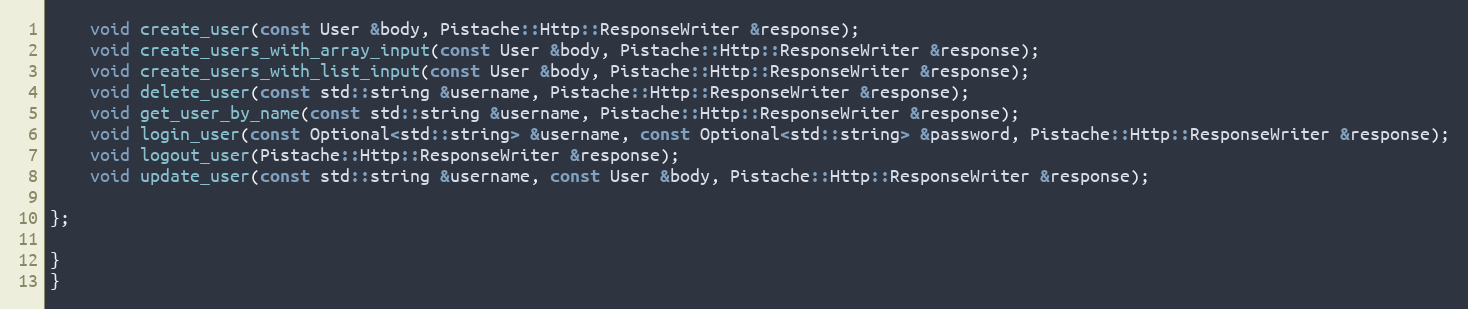
Language: C
    void create_user(const User &body, Pistache::Http::ResponseWriter &response);
    void create_users_with_array_input(const User &body, Pistache::Http::ResponseWriter &response);
    void create_users_with_list_input(const User &body, Pistache::Http::ResponseWriter &response);
    void delete_user(const std::string &username, Pistache::Http::ResponseWriter &response);
    void get_user_by_name(const std::string &username, Pistache::Http::ResponseWriter &response);
    void login_user(const Optional<std::string> &username, const Optional<std::string> &password, Pistache::Http::ResponseWriter &response);
    void logout_user(Pistache::Http::ResponseWriter &response);
    void update_user(const std::string &username, const User &body, Pistache::Http::ResponseWriter &response);

};

}
}